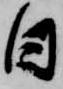
日